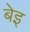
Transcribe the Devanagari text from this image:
बेइ